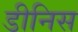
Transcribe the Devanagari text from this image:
डीनिस